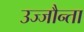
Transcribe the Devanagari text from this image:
उज्‍जौन्ता